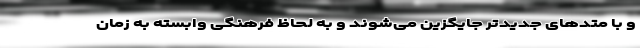
و با متدهای جدیدتر جایگزین می‌شوند و به ‌لحاظ فرهنگی وابسته به زمان